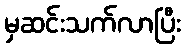
မှဆင်းသက်လာပြီး